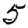
Digit: 5